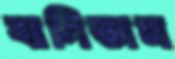
বাসিতাম